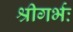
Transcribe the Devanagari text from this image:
श्रीगर्भः